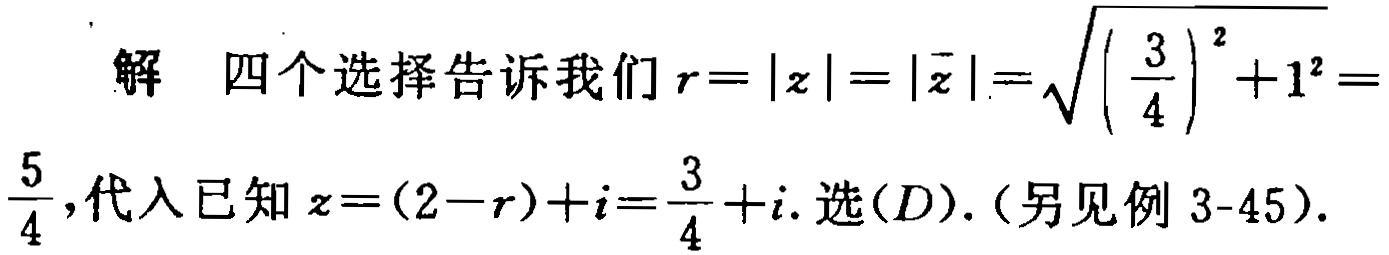
解 四个选择告诉我们\(r = |z| = |\overline{z}|=\sqrt{(\frac{3}{4})^2 + 1^2}=\frac{5}{4}\)，代入已知\(z=(2 - r)+i=\frac{3}{4}+i\). 选\((D)\).（另见例 3-45）.